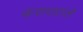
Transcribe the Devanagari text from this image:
करारातले